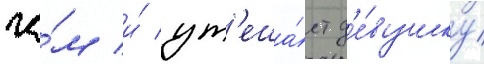
че́м и́ ут'еша́ет д'е́вушку